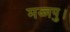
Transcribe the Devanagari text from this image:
मज्जपु।